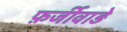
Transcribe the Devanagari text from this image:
फ़र्जीवाड़े